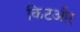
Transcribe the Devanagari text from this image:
किटऔर